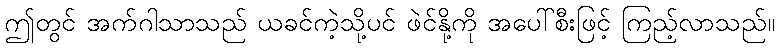
ဤတွင် အက်ဂါသာသည် ယခင်ကဲ့သို့ပင် ဖဲင်နို့ကို အပေါ်စီးဖြင့် ကြည့်လာသည်။